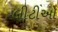
લીટીઓ